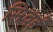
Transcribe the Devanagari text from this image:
सिवईं